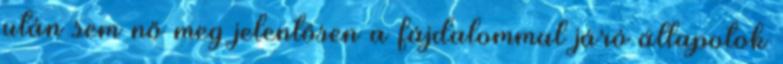
után sem nő meg jelentősen a fájdalommal járó állapotok